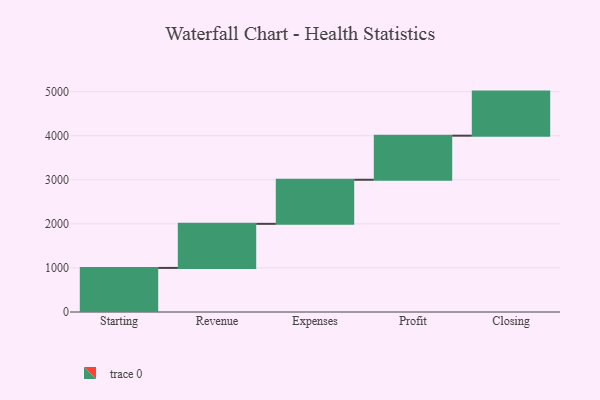
{"axis": {"x": "Step", "y": "Value"}, "legend": [""], "data": [{"x": "Starting", "y": 1000, "type": ""}, {"x": "Revenue", "y": 1000, "type": ""}, {"x": "Expenses", "y": 1000, "type": ""}, {"x": "Profit", "y": 1000, "type": ""}, {"x": "Closing", "y": 1000, "type": ""}]}